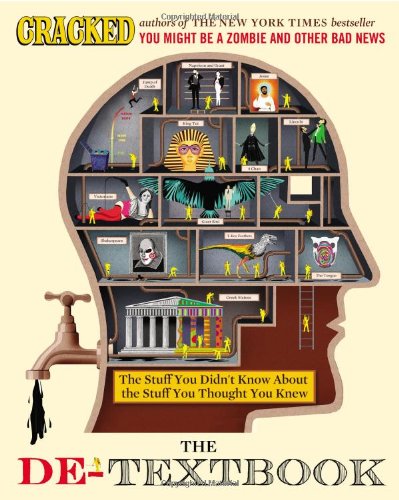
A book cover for The De-Textbook: The Stuff You Didn't Know About the Stuff You Thought You Knew; Cracked.com; Humor & Entertainment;